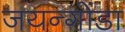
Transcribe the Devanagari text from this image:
जयन्गोंडा